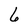
Character: 6